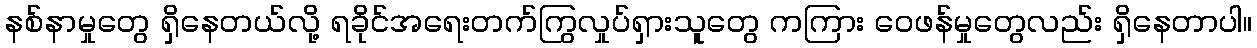
နစ်နာမှုတွေ ရှိနေတယ်လို့ ရခိုင်အရေးတက်ကြွလှုပ်ရှားသူတွေ ကကြား ဝေဖန်မှုတွေလည်း ရှိနေတာပါ။